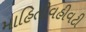
માહિતીવહીવટી